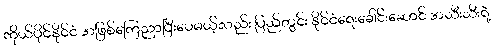
ကိုယ်ပိုင်နိုင်ငံ အဖြစ်ကြေညာပြီးပေမယ့်လည်း ပြည်တွင်း နိုင်ငံရေးခေါင်းဆောင် အသီးသီးရဲ့